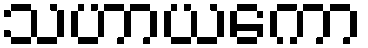
သဟာယကော